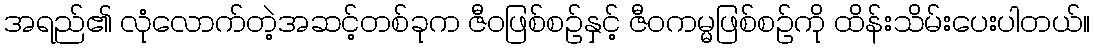
အရည်၏ လုံလောက်တဲ့အဆင့်တစ်ခုက ဇီဝဖြစ်စဉ်နှင့် ဇီဝကမ္မဖြစ်စဉ်ကို ထိန်းသိမ်းပေးပါတယ်။